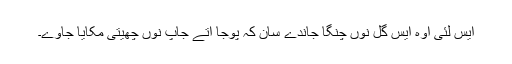
ایس لئی اوہ ایس گل نوں چنگا جاندے سان کہ پوجا اتے جاپ نوں چھیتی مُکایا جاوے۔